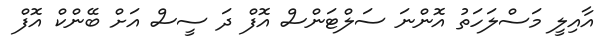
އާއިލީ މަސްލަހަތު އޮންނަ ސަލްޓަންސް އޮފް ދަ ސީސް އަށް ބޭންކް އޮފް